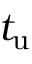
t _ { \mathrm { u } }